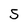
Character: 5